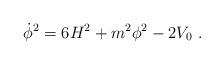
LaTeX: \begin{align*}\dot\phi^2 = 6H^2 + m^2 \phi^2 - 2 V_0\ .\end{align*}